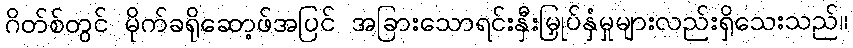
ဂိတ်စ်တွင် မိုက်ခရိုဆော့ဖ်အပြင် အခြားသောရင်းနှီးမြှုပ်နှံမှုများလည်းရှိသေးသည်။